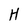
Character: H